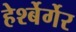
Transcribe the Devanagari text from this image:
हेर्श्बेर्गेर